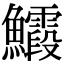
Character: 𮬙